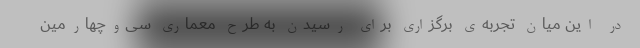
در این میان تجربه‌ی برگزاری برای رسیدن به طرح معماری سی‌وچهارمین